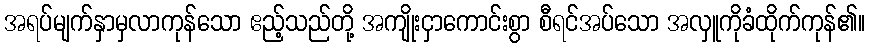
အရပ်မျက်နှာမှလာကုန်သော ဧည့်သည်တို့ အကျိုးငှာကောင်းစွာ စီရင်အပ်သော အလှူကိုခံထိုက်ကုန်၏။